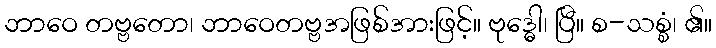
ဘာဝေ တဗ္ဗတော၊ ဘာဝေတဗ္ဗအဖြစ်အားဖြင့်။ ဗုဒ္ဓေါ၊ ပြီ။ စ-သစ္စံ၊ ၏။